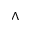
\wedge